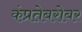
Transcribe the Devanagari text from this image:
कंप्रतेबरोबर